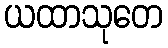
ယထာသုတေ